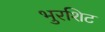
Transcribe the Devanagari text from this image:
भुरशिट